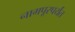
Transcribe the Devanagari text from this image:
नागपूरपर्यंत